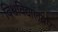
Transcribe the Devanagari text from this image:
विश्वविद्यालयए